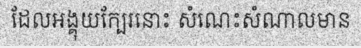
ដែលអង្គុយក្បែរនោះ សំណេះសំណាលមាន